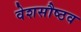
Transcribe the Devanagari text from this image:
वेशसौष्ठव